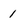
Character: 1